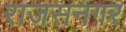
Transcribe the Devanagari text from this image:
राजसनगर